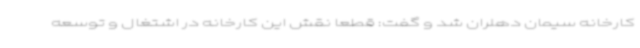
کارخانه سیمان دهلران شد و گفت: قطعا نقش این کارخانه در اشتغال و توسعه